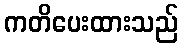
ကတိပေးထားသည်